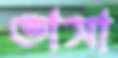
ভাসা